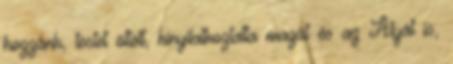
hozzánk, testet öltött, kinyilatkoztatta magát és az Atyát is,